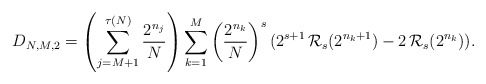
\begin{gather*}D_{N,M,2}=\left(\sum_{j=M+1}^{\tau(N)}\frac{2^{n_{j}}}{N}\right)\sum_{k=1}^{M}\left(\frac{2^{n_{k}}}{N}\right)^{s} (2^{s+1}\,\mathcal{R}_{s}(2^{n_{k}+1})-2\,\mathcal{R}_{s}(2^{n_{k}})).\end{gather*}